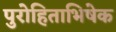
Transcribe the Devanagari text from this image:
पुरोहिताभिषेक